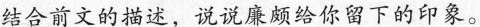
结合前文的描述，说说廉颇给你留下的印象。